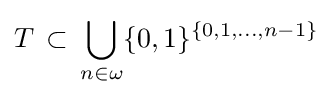
T\,\subset \,\bigcup _{n\in \omega }\{0,1\}^{\{0,1,\dots ,n-1\}}